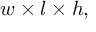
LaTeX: w \times l \times h ,